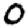
Digit: 0